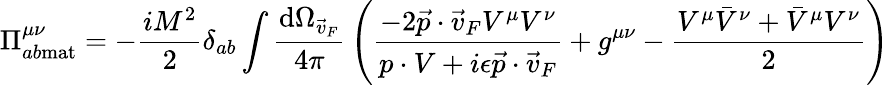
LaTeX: \Pi_{ab\mathrm{mat}}^{\mu\nu}=-{\frac{iM^{2}}{2}}\delta_{ab}\int{\frac{\mathrm{d}\Omega_{\vec{v}_{F}}}{4\pi}}\left({\frac{-2\vec{p}\cdot\vec{v}_{F}V^{\mu}V^{\nu}}{p\cdot V+i\epsilon\vec{p}\cdot\vec{v}_{F}}}+g^{\mu\nu}-{\frac{V^{\mu}{\bar{V}}^{\nu}+{\bar{V}}^{\mu}V^{\nu}}{2}}\right)